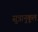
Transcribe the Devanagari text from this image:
सुत्रानुकूल